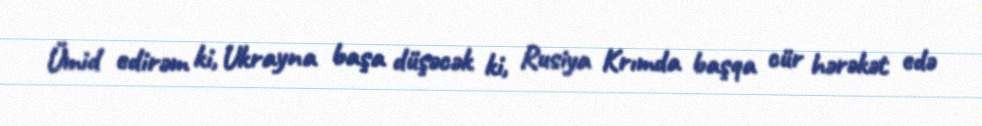
Ümid edirəm ki, Ukrayna başa düşəcək ki, Rusiya Krımda başqa cür hərəkət edə